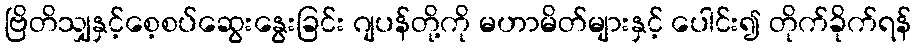
ဗြိတိသျှနှင့်စေ့စပ်ဆွေးနွေးခြင်း ဂျပန်တို့ကို မဟာမိတ်များနှင့် ပေါင်း၍ တိုက်ခိုက်ရန်